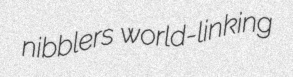
nibblers world-linking